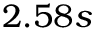
2 . 5 8 s